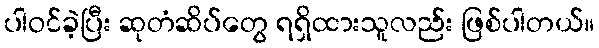
ပါဝင်ခဲ့ပြီး ဆုတံဆိပ်တွေ ရရှိထားသူလည်း ဖြစ်ပါတယ်။